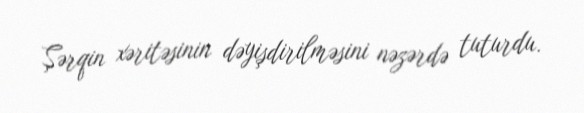
Şərqin xəritəsinin dəyişdirilməsini nəzərdə tuturdu.